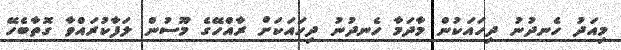
މިއަދު ހެނދުނު ދިހައަކުން މާދަމާ ހެނދުނު ދިހައަކަށް ރާއްހޭގެ މޫސުން ލަފާކުރައްވާ ގޮތާބެހޭ